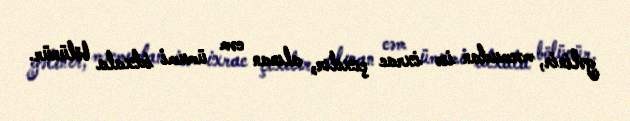
gəlinir, məcmudan isə ixrac çıxılır, alınan cəm ümumi idxala bölünür.